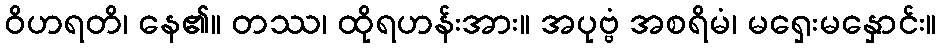
ဝိဟရတိ၊ နေ၏။ တဿ၊ ထိုရဟန်းအား။ အပုဗ္ဗံ အစရိမံ၊ မရှေးမနှောင်း။